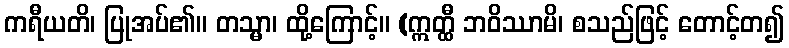
ကရီယတိ၊ ပြုအပ်၏။ တသ္မာ၊ ထို့ကြောင့်။ (ဣတ္ထီ ဘဝိဿာမိ၊ စသည်ဖြင့် တောင့်တ၍